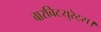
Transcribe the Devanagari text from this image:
बारबिटयुरेट्स।